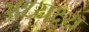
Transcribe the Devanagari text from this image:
अध्यक्ष्य